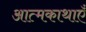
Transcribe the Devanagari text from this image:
आत्मकाथाएँ